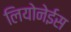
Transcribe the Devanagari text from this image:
लियोनेईस